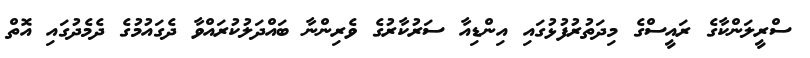
ސްރީލަންކާގެ ރައީސްގެ މިދަތުރުފުޅުގައި އިންޑިއާ ސަރުކާރުގެ ވެރިންނާ ބައްދަލުކުރައްވާ ދެގައުމުގެ ދެމެދުގައި އޮތް